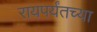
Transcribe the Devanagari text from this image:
रायपर्यंतच्या